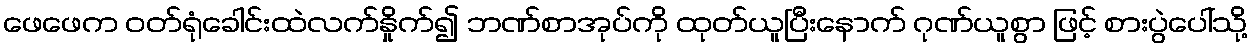
ဖေဖေက ဝတ်ရုံခေါင်းထဲလက်နှိုက်၍ ဘဏ်စာအုပ်ကို ထုတ်ယူပြီးနောက် ဂုဏ်ယူစွာ ဖြင့် စားပွဲပေါ်သို့